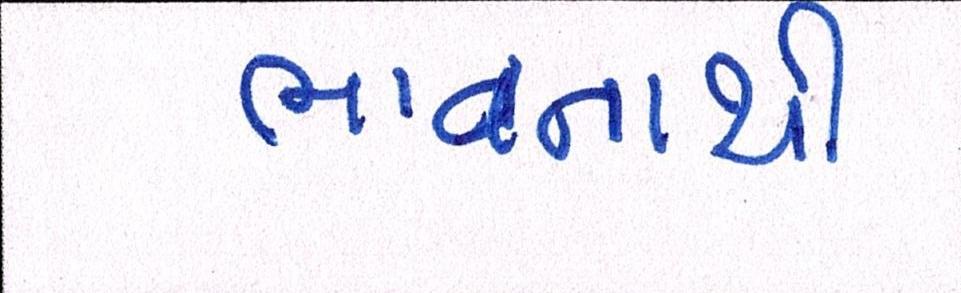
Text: ભાવનાથી